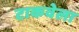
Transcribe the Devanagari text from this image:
टाकवेला